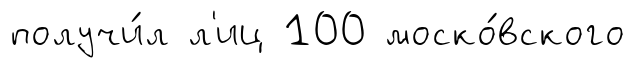
получи́л л'иц 100 моско́вского